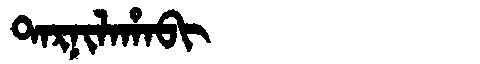
Manchu: ᡨᠠᡵᠨᡳᠯᠠᡥᠠᠪᡳ
Romanization: TARNILAHABI